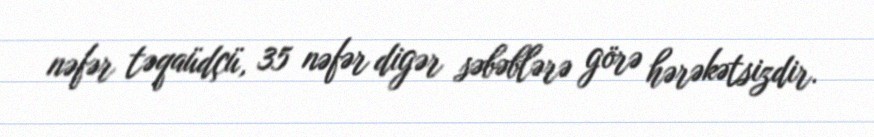
nəfər təqaüdçü, 35 nəfər digər səbəblərə görə hərəkətsizdir.